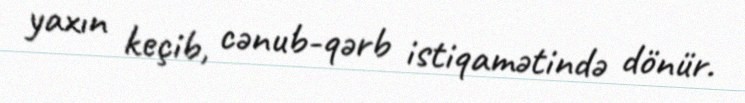
yaxın keçib, cənub-qərb istiqamətində dönür.